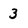
Character: 3